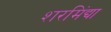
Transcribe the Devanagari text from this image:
शरमिंद्या